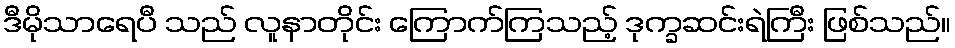
ဒီမိုသာရေပီ သည် လူနာတိုင်း ကြောက်ကြသည့် ဒုက္ခဆင်းရဲကြီး ဖြစ်သည်။